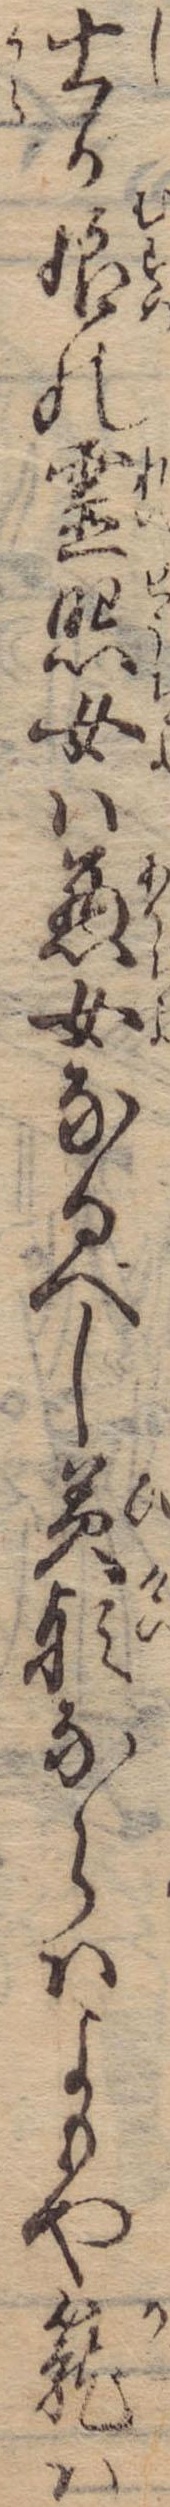
士が娘の霊照女は悪女なるべし美形ならはよもや篭は